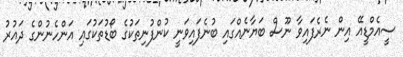
ސީއެމްޑީއޭ އިން ނެރެފައިވާ ނޫސް ބަޔާނެއްގައި ބުނެފައިވަނީ ކުންފުނިތަކުގެ ބޯޑުތަކުގައި އަންހެނުންގެ ދައުރު